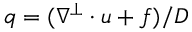
q = ( \nabla ^ { \perp } \cdot u + f ) / D